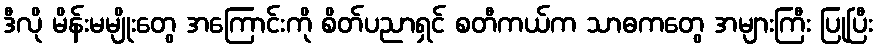
ဒီလို မိန်းမမျိုးတွေ အကြောင်းကို စိတ်ပညာရှင် စတီကယ်က သာဓကတွေ အများကြီး ပြုပြီး